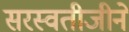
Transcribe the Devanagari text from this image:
सरस्वतीजीने